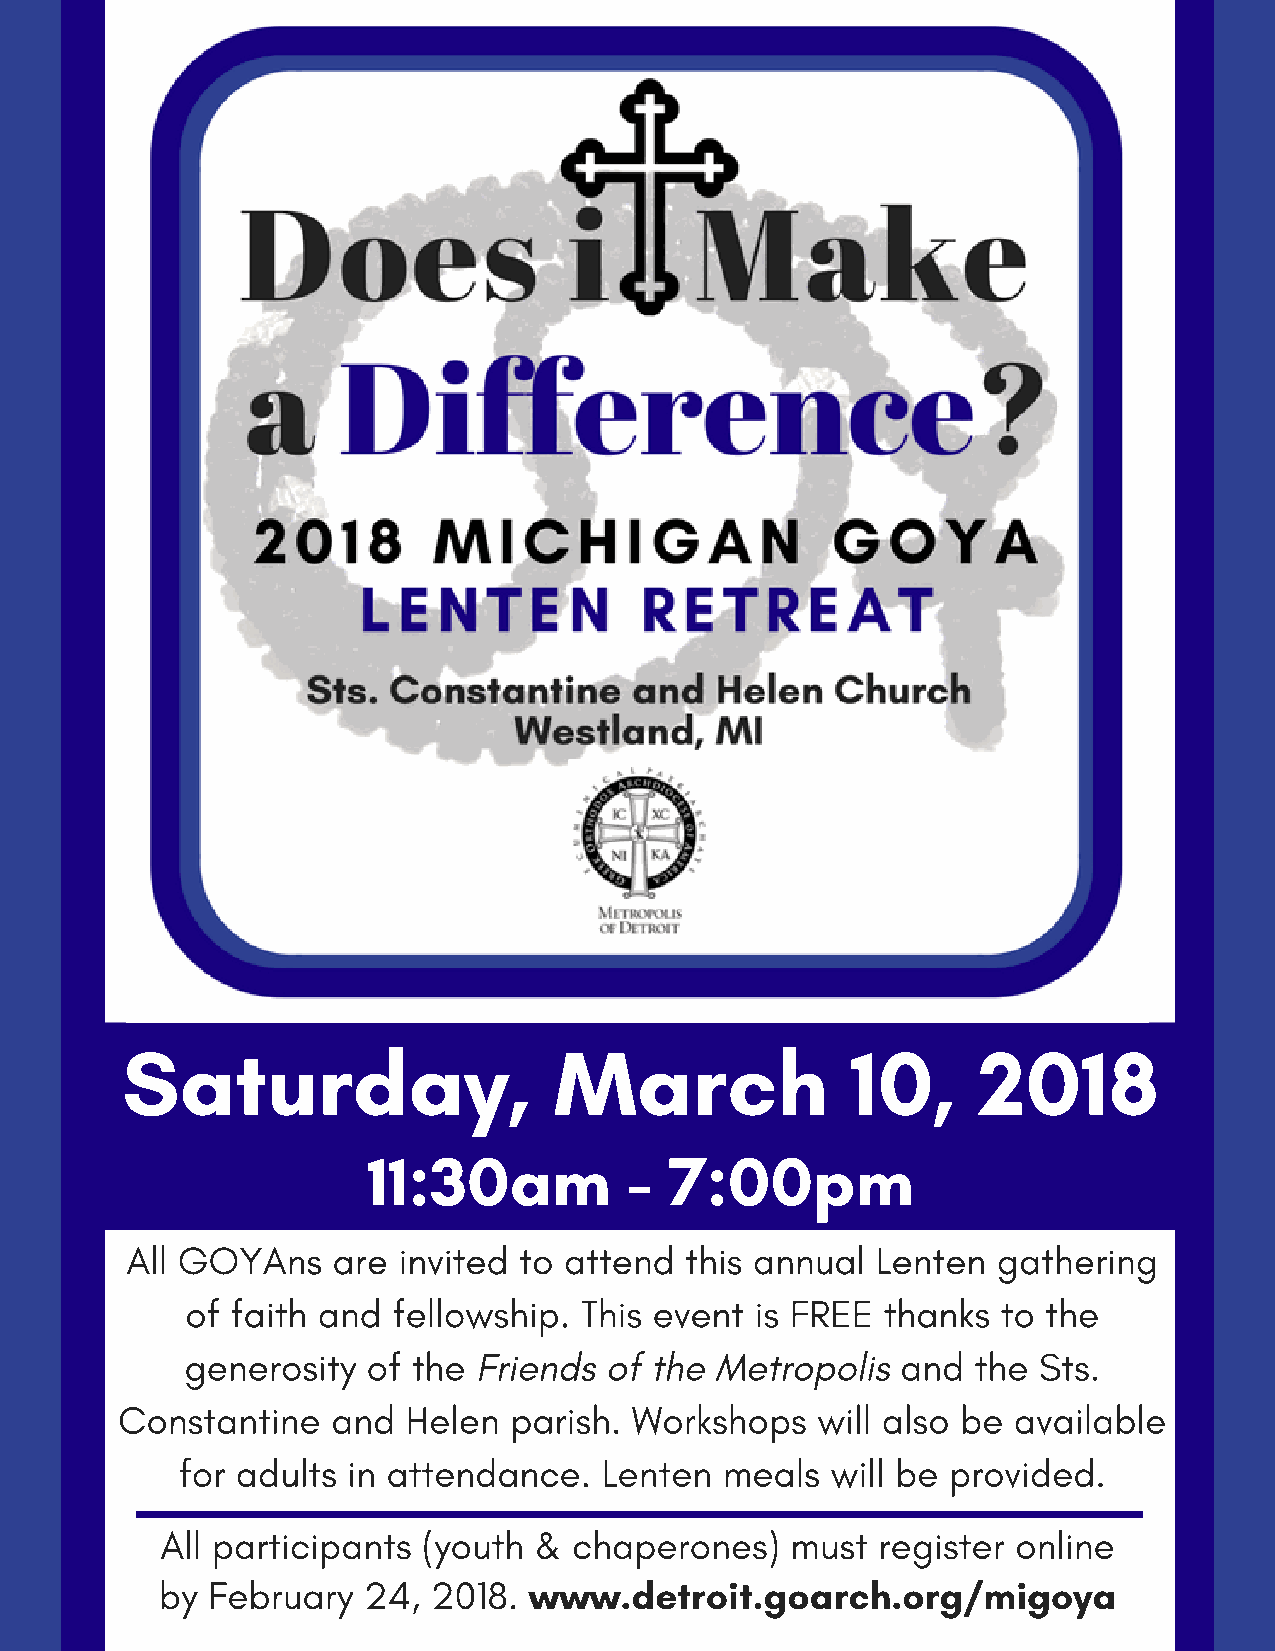
Saturday,                    March              10,      2018
 11:30am           - 7:00pm
 All GOYAns    are invited to attend  this annual  Lenten  gathering
 of faith and  fellowship. This event  is FREE  thanks to the
 generosity  of the  Friends of the Metropolis   and  the Sts.
 Constantine   and  Helen  parish. Workshops   will also be available
 for adults in attendance.   Lenten  meals  will be provided.
 All participants (youth &  chaperones)   must  register online
 by February  24,  2018. www.detroit.goarch.org/migoya